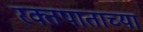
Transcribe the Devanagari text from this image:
रक्तपाताच्या